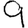
Digit: 9